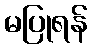
မပြုရန်